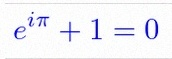
e^{i\pi}+1=0